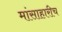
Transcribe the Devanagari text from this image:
मांसाहारीच